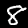
Digit: 8